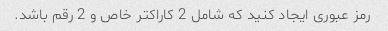
رمز عبوری ایجاد کنید که شامل 2 کاراکتر خاص و 2 رقم باشد.